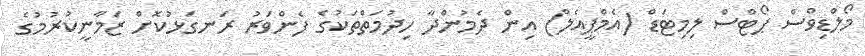
މޯލްޑިވްސް ޕޯޓްސް ލިމިޓަޑް (އެމްޕީއެލް) އިން ދެމުންދާ ހިދުމަތްތަކުގެ ފެންވަރު ރަނގަޅުކޮށް ޒަމާނީކުރުމުގެ